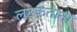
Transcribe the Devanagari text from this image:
लटकताना